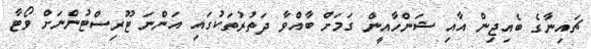
ޗައިނާގެ ބެއިޖިން އާއި ޝަންހާއީން ގަމަށް ބާއްވާ ދަތުރުތަކުގައި އަންނަ ޓޫރިސްޓުންނަށް ވޯޓާ